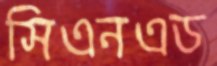
সিএনএড